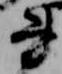
書